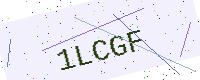
Text: 1LCGF